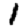
Digit: 1